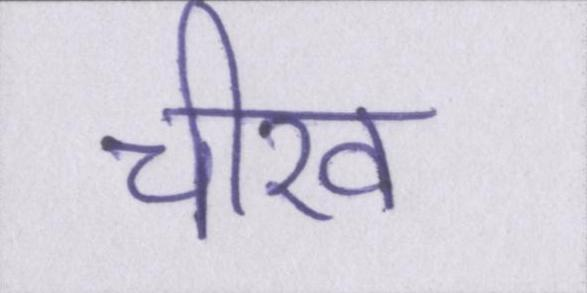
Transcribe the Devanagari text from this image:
चीख